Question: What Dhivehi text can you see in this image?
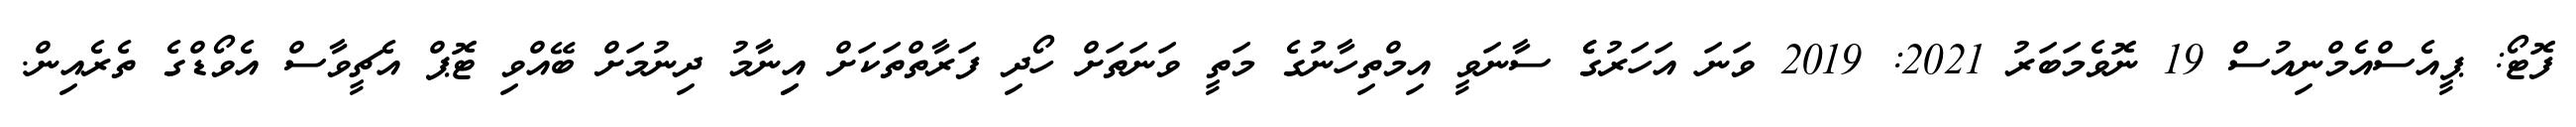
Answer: ފޮޓޯ: ޕީއެސްއެމްނިއުސް 19 ނޮވެމަބަރު 2021: 2019 ވަނަ އަހަރުގެެ ސާނަވީ އިމްތިހާނުގެ މަތީ ވަނަތަށް ހޯދި ފަރާތްތަކަށް އިިނާމު ދިނުމަށް ބޭއްވި ޓޮޕް އެޗީވާސް އެވޯޑްގެ ތެރެއިން.